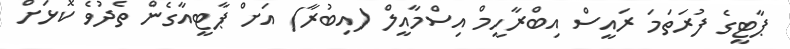
ޕާޓީގެ ފުރަތަމަ ރައީސް އިބްރާހީމް އިސްމާއީލް (އިބުރާ) އަށް ޕާޓީއާގެން ތެދުވެ ކޮޅަށް